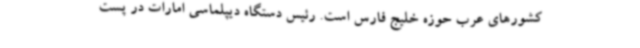
کشورهای عرب حوزه خلیج فارس است. رئیس دستگاه دیپلماسی امارات در پست